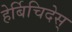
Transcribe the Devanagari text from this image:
हेर्बिचिदेस्